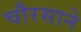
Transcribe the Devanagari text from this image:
चौरसाने